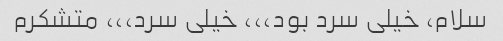
سلام، خیلی سرد بود،،، خیلی سرد،،، متشکرم